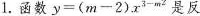
1.函 $$y = ( m - 2 ) x ^ { 3 - m ^ { 2 } }$$ 是反